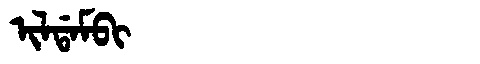
Manchu: ᡳᠯᡩᠠᠮᠪᡳ
Romanization: ILDAMBI